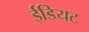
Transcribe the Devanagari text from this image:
ईडियट